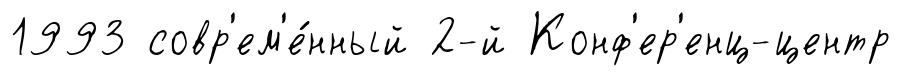
1993 совр'ем'е́нный 2-й Конф'ер'енц-центр